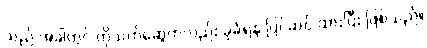
သည် အခါတွင် ကိုသက်ဆွေကလည်း ခုခံရန် ပြင်ဆင် ထားပြီး ဖြစ်သည်။